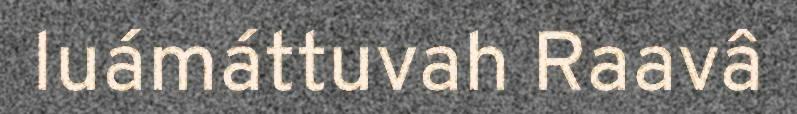
luámáttuvah Raavâ